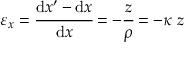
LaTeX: \varepsilon _ { x } = { \cfrac { \mathrm { d } x ^ { \prime } - \mathrm { d } x } { \mathrm { d } x } } = - { \cfrac { z } { \rho } } = - \kappa ~ z